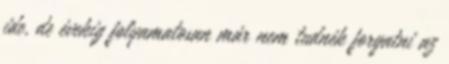
ide, de évekig folyamatosan már nem tudnék forgatni az